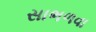
સાભળવા